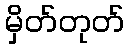
မှိတ်တုတ်